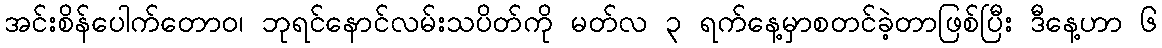
အင်းစိန်ပေါက်တောဝ၊ ဘုရင်နောင်လမ်းသပိတ်ကို မတ်လ ၃ ရက်နေ့မှာစတင်ခဲ့တာဖြစ်ပြီး ဒီနေ့ဟာ ၆